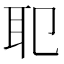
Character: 𦔶